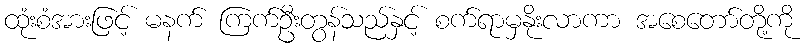
ထုံးစံအားဖြင့် မနက် ကြက်ဦးတွန်သည်နှင့် စက်ရာမှနိုးလာကာ အစေတော်တို့ကို